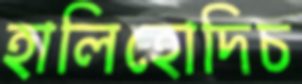
হালিহোদিচ